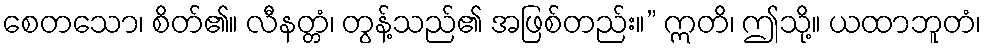
စေတသော၊ စိတ်၏။ လီနတ္တံ၊ တွန့်သည်၏ အဖြစ်တည်း။” ဣတိ၊ ဤသို့။ ယထာဘူတံ၊